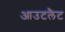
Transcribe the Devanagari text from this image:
आउटलैट